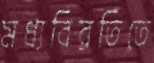
মধ্যবিরতিতে